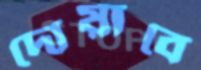
দোয়াবে